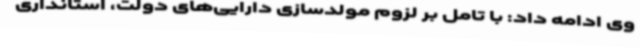
وی ادامه داد: با تامل بر لزوم مولدسازی دارایی‌های دولت، استانداری